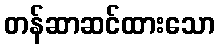
တန်ဆာဆင်ထားသော